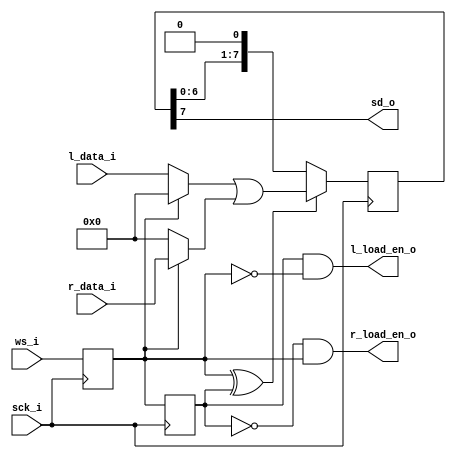
module i2s_tx #(
        parameter AUDIO_DW = 8
        ) (
	input sck_i,
	input ws_i,
        output sd_o,
	input [AUDIO_DW-1:0] l_data_i,
	input [AUDIO_DW-1:0] r_data_i,
        output l_load_en_o,
        output r_load_en_o
);
// referenced from, i2s spec. at https://www.nxp.com/docs/en/user-manual/UM11732.pdf

    reg wsd[1:0];
    always @(posedge sck_i) begin
        wsd[0] <= ws_i;
        wsd[1] <= wsd[0];
    end
    assign l_load_en_o = wsd[1] & !wsd[0];
    assign r_load_en_o = !wsd[1] & wsd[0];
    
    wire wsp;
    assign wsp = wsd[0] ^ wsd[1];

    reg [AUDIO_DW-1:0] sd_shift_reg;
    wire [AUDIO_DW-1:0] l_data, r_data;
    assign l_data = !wsd[0] ? l_data_i : {AUDIO_DW{1'b0}};
    assign r_data = wsd[0] ? r_data_i : {AUDIO_DW{1'b0}};

    always @(negedge sck_i) begin
        if (wsp == 1) sd_shift_reg <= l_data | r_data;
        else sd_shift_reg <= {sd_shift_reg[AUDIO_DW-2:0], 1'b0};
    end
    assign sd_o = sd_shift_reg[AUDIO_DW-1];

endmodule